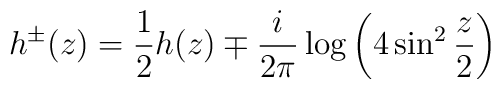
h^\pm(z)=\frac{1}{2}h(z)\mp \frac{i}{2\pi}\log\left(4\sin^2\frac{z}{2}\right)